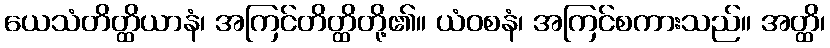
ယေသံတိတ္ထိယာနံ၊ အကြင်တိတ္ထိတို့၏။ ယံဝစနံ၊ အကြင်စကားသည်။ အတ္ထိ၊